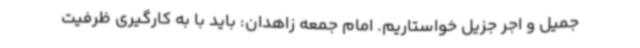
جمیل و اجر جزیل خواستاریم. امام جمعه زاهدان: باید با به کارگیری ظرفیت